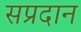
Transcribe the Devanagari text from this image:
सप्रदान